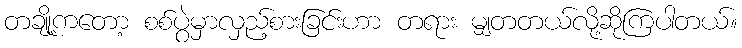
တချို့ကတော့ စစ်ပွဲမှာလှည့်စားခြင်းဟာ တရား မျှတတယ်လို့ဆိုကြပါတယ်။